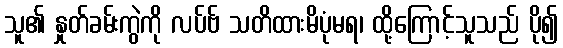
သူ၏ နှုတ်ခမ်းကွဲကို လပ်ဗ် သတိထားမိပုံမရ၊ ထို့ကြောင့်သူသည် ပို၍